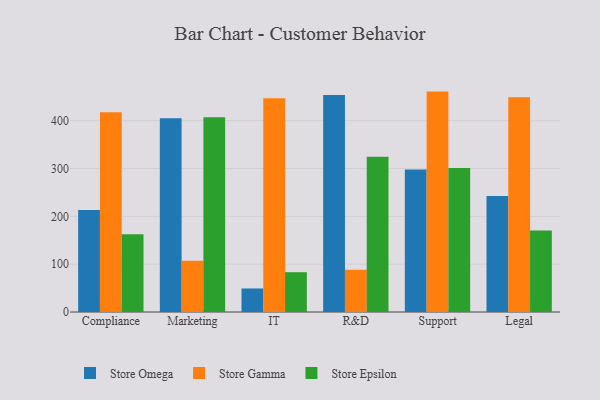
{"axis": {"x": "Department", "y": "LTV (USD)"}, "legend": ["Store Epsilon", "Store Gamma", "Store Omega"], "data": [{"x": "Compliance", "y": 213.5, "type": "Store Omega"}, {"x": "Compliance", "y": 417.4, "type": "Store Gamma"}, {"x": "Compliance", "y": 162.4, "type": "Store Epsilon"}, {"x": "Marketing", "y": 405.0, "type": "Store Omega"}, {"x": "Marketing", "y": 107.4, "type": "Store Gamma"}, {"x": "Marketing", "y": 407.2, "type": "Store Epsilon"}, {"x": "IT", "y": 49.2, "type": "Store Omega"}, {"x": "IT", "y": 447.1, "type": "Store Gamma"}, {"x": "IT", "y": 83.2, "type": "Store Epsilon"}, {"x": "R&D", "y": 453.8, "type": "Store Omega"}, {"x": "R&D", "y": 88.1, "type": "Store Gamma"}, {"x": "R&D", "y": 324.4, "type": "Store Epsilon"}, {"x": "Support", "y": 297.7, "type": "Store Omega"}, {"x": "Support", "y": 460.8, "type": "Store Gamma"}, {"x": "Support", "y": 301.2, "type": "Store Epsilon"}, {"x": "Legal", "y": 242.5, "type": "Store Omega"}, {"x": "Legal", "y": 449.2, "type": "Store Gamma"}, {"x": "Legal", "y": 170.4, "type": "Store Epsilon"}]}